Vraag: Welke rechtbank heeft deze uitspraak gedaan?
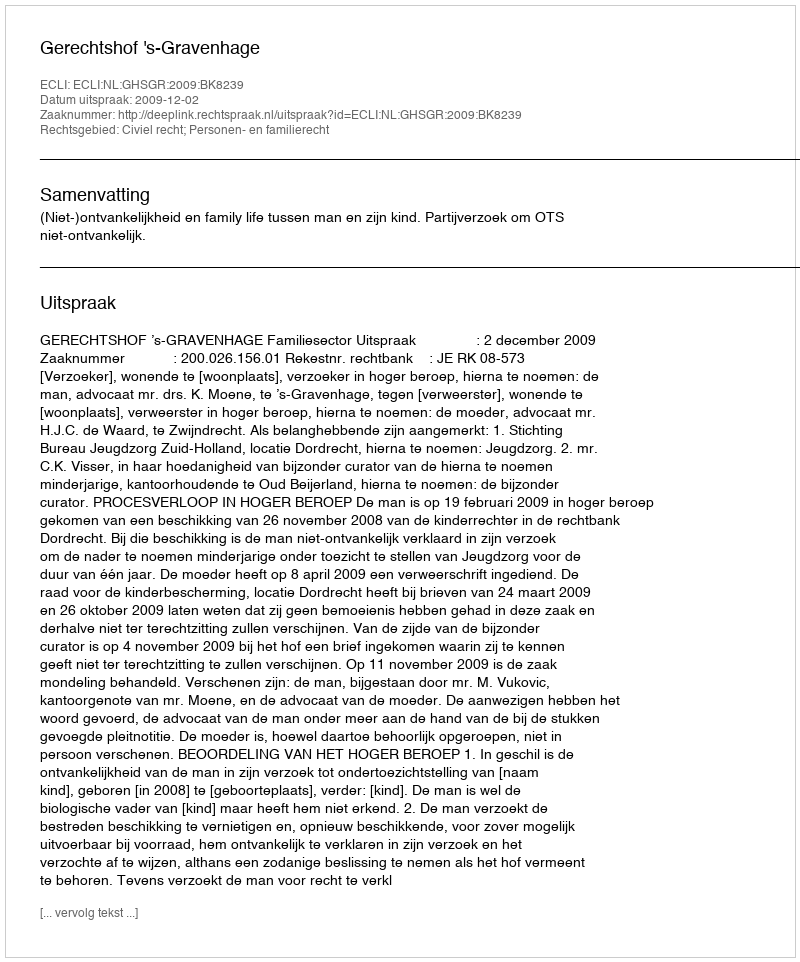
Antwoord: Gerechtshof 's-Gravenhage